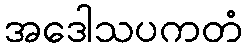
အဒေါသပကတံ